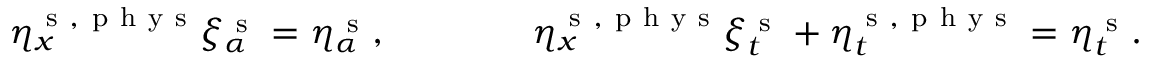
\eta _ { x } ^ { \mathrm { ~ s ~ } , \mathrm { ~ p ~ h ~ y ~ s ~ } } \xi _ { \alpha } ^ { \mathrm { ~ s ~ } } = \eta _ { \alpha } ^ { \mathrm { ~ s ~ } } , \qquad \qquad \eta _ { x } ^ { \mathrm { ~ s ~ } , \mathrm { ~ p ~ h ~ y ~ s ~ } } \xi _ { t } ^ { \mathrm { ~ s ~ } } + \eta _ { t } ^ { \mathrm { ~ s ~ } , \mathrm { ~ p ~ h ~ y ~ s ~ } } = \eta _ { t } ^ { \mathrm { ~ s ~ } } .